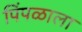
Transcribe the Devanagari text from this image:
पिंपळाला